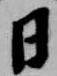
日